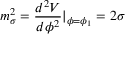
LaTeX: m _ { \sigma } ^ { 2 } = \frac { d ^ { 2 } V } { d \phi ^ { 2 } } | _ { \phi = \phi _ { 1 } } = 2 \sigma